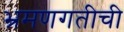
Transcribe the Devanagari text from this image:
भ्रमणगतीची